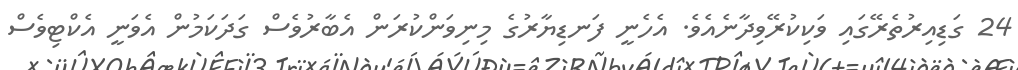
24 ގަޑިއިރުތެރޭގައި ވަކިކުރޭވިދާނެއެވެ. އެހެނީ ފަނޑިޔާރުގެ މިނިވަންކުރަން އެބާރުވެސް ގަދަކަމުން އެވަނީ އެކްޓިވެސް